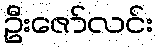
ဦးဇော်လင်း